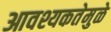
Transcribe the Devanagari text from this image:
आवश्यकतेमुळे